Civil Veterinary Department. United Provinces 1912-22 - 1912-1922
Year: 1912
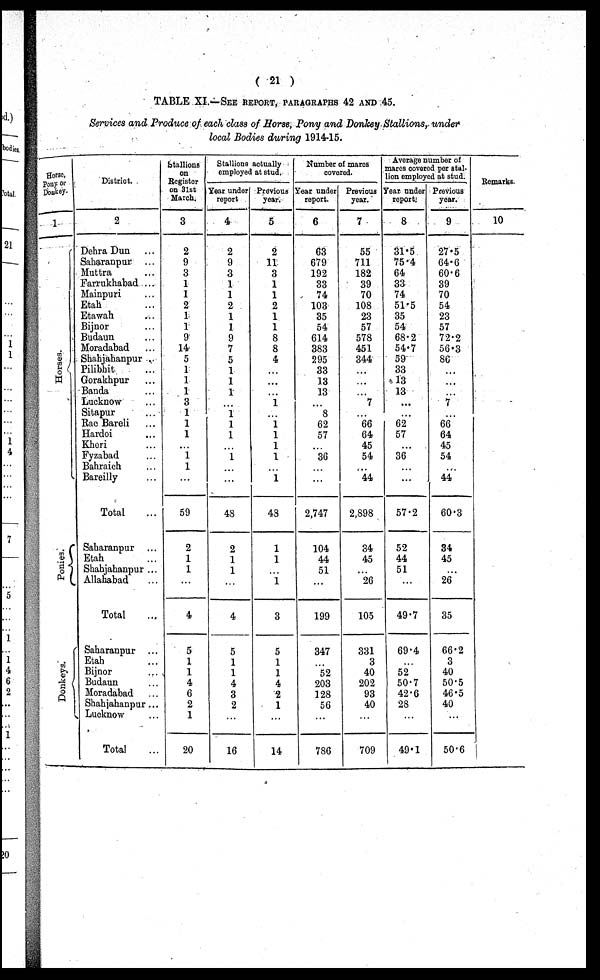
( 21 )
TABLE XI.—SEE REPORT, PARAGRAPHS 42 AND 45.
Services and Produce of each class of Horse, Pony and Donkey Stallions, under
local Bodies during 1914-15.
Horse,
Pony or
Donkey.
1
Hor s es .
Ponies.
Donke ys .
District.
2
Dehra Dun …
Saharanpur ..
Muttra
...
Farrukhabad ...
Mainpuri
...
Etah
...
Etawah …
Bijnor …
Budaun …
Moradabad …
Shahjahanpur
Pilibhit …
Gorakhpur …
Banda …
Lucknow …
Sitapur
...
Rae Bareli …
Hardoi …
Kheri …
Fyzabad …
Bahraioh …
Bareilly …
Total …
Sabaranpur …
Etah …
Shahjahanpur ...
Allahabad …
Total …
Saharanpur …
Etah …
Bijnor …
Budaun …
Moradabad …
Shahjahanpur ...
Lucknow …
Total …
Stallions
on
Registor
on 31st
March.
3
2
9
3
1
1
2
1
1
9
14
5
1
1
1
3
1
1
1
…
1
1
…
59
2
1
1
...
4
5
1
1
4
6
2
1
20
Stallions actually
employed at stud.
Year under
report
4
2
9
3
1
1
2
1
1
9
7
5
1
1
1
…
1
1
1
…
1
…
…
48
2
1
1
…
4
5
1
1
4
3
2
…
16
Previous
year.
5
2
11
3
1
1
2
1
1
8
8
4
…
…
…
1
…
1
1
1
1
…
1
43
1
1
1
3
5
1
1
4
2
1
…
14
Number of marcs
covered.
Year under
report.
6
63
679
192
33
74
103
35
54
614
383
295
33
13
13
…
8
62
57
36
…
...
2,747
104
44
51
…
199
347
52
203
128
56
...
786
Previous
year.
7
55
711
182
39
70
108
23
57
578
451
344
…
...
…
7
…
66
64
45
54
...
44
2,898
34
45
. . .
26
105
331
3
40
202
93
40
…
709
Average number of
marcs covered per stal-
lion employed at stud.
Year under
report.
8
31.5
75.4
64
33
74
51.5
35
54
68.2
54.7
59
33
13
13
…
…
62
57
36
…
57.2
52
44
51
…
49.7
69.4
52
50.7
42.6
28
…
49.1
Previous
year.
9
27.5
64.6
60.6
39
70
54
23
57
72.2
56.3
86
…
…
…
7
…
66
64
45
54
…
44
60.3
34
45
…
26
35
66.2
3
40
50.5
46.5
40
…
50.6
Remarks.
10